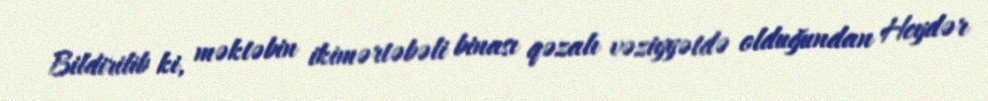
Bildirilib ki, məktəbin ikimərtəbəli binası qəzalı vəziyyətdə olduğundan Heydər